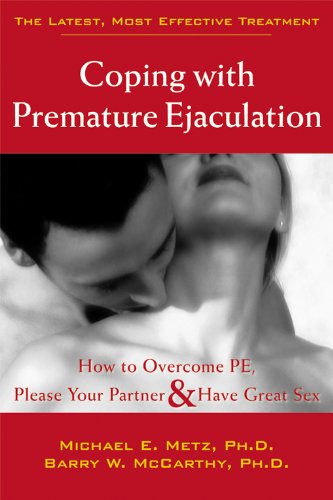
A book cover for Coping With Premature Ejaculation: How to Overcome PE, Please Your Partner & Have Great Sex; Barry W. McCarthy PhD; Health, Fitness & Dieting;